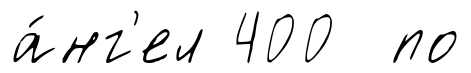
а́нг'ел 400 по